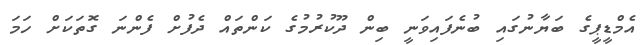
އެމްޑީޕީގެ ބަޔާނުގައި ބުނެފައިވަނީ ބިން ދޫކުރުމުގެ ކަންތައް ދެފުށް ފެންނަ ގޮތަކަށް ހަމަ